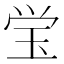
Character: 𭸼